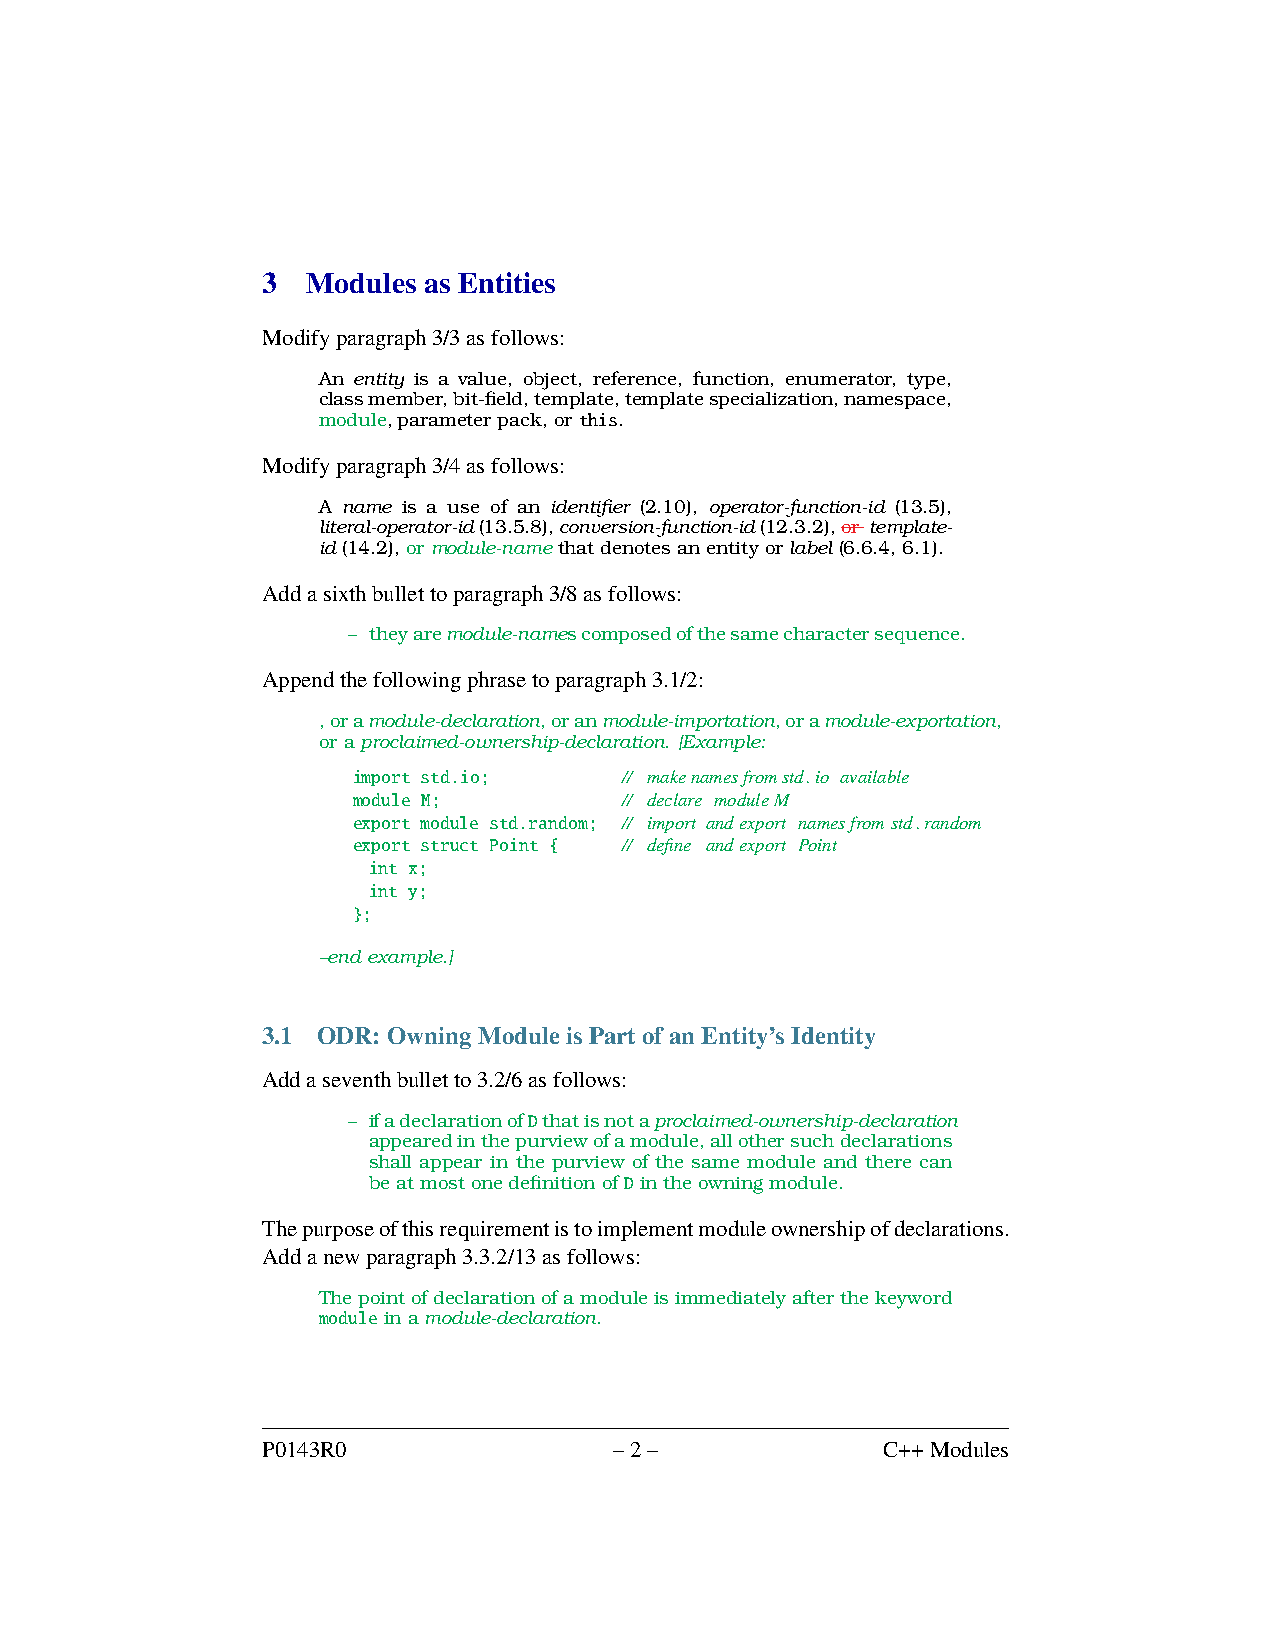
3  Modules as Entities
 Modifyparagraph3/3asfollows:
 An entity is a value, object, reference, function, enumerator, type,
 classmember,bit-field,template,templatespecialization,namespace,
 module,parameterpack,orthis.
 Modifyparagraph3/4asfollows:
 A name is a use of an identifier (2.10), operator-function-id (13.5),
 literal-operator-id(13.5.8),conversion-function-id(12.3.2),or template-
 id(14.2),ormodule-namethatdenotesanentityorlabel(6.6.4,6.1).
 Addasixthbullettoparagraph3/8asfollows:
 – theyaremodule-namescomposedofthesamecharactersequence.
 Appendthefollowingphrasetoparagraph3.1/2:
 ,oramodule-declaration,oranmodule-importation,oramodule-exportation,
 oraproclaimed-ownership-declaration. [Example:
 import std.io;    // makenamesfromstd.io available
 module M;         // declare moduleM
 export module std.random; // import andexport namesfromstd.random
 export struct Point { // define andexport Point
 int x;
 int y;
 };
 –endexample.]
 3.1 ODR:OwningModuleisPartofanEntity’sIdentity
 Addaseventhbulletto3.2/6asfollows:
 – ifadeclarationofDthatisnotaproclaimed-ownership-declaration
 appearedinthepurviewofamodule,allothersuchdeclarations
 shall appear in the purview of the same module and there can
 beatmostonedefinitionofDintheowningmodule.
 Thepurposeofthisrequirementistoimplementmoduleownershipofdeclarations.
 Addanewparagraph3.3.2/13asfollows:
 Thepointofdeclarationofamoduleisimmediatelyafterthekeyword
 moduleinamodule-declaration.
 P0143R0                 –2–              C++Modules